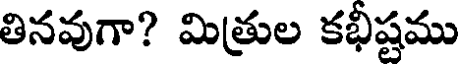
తినవుగా? మిత్రుల కభీష్టము